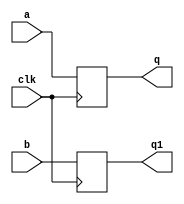
module d_ff ( a,b, clk, q,q1);
   input [63:0]a;
   input [63:0]b;
   //input [63:0]c;
   input clk;
   output [63:0]q;
   output  [63:0]q1;	
  // output [63:0]q63;
   wire clk;
   reg [63:0]q;
   reg  [63:0]q1;
   //reg [63:0]q63;
   always @ (posedge clk)
   begin
    q <= a;
    q1 <=b;
    //q63 <= c;
 end

endmodule